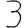
Digit: 3